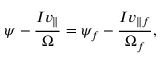
\psi - \frac { I v _ { \parallel } } { \Omega } = \psi _ { f } - \frac { I v _ { \parallel f } } { \Omega _ { f } } ,